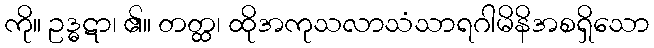
ကို။ ဥဒ္ဓဋာ၊ ၏။ တတ္ထ၊ ထိုအကုသလာသံသာရဂါမိနိအစရှိသော